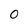
Character: 0